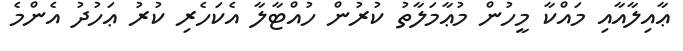
ޢާއިލާއާއި މައްކާ މީހުން މުޢާމަލާތު ކުރުން ހުއްޓާލާ އެކަހެރި ކުރު ޢަހުދު އެންމެ